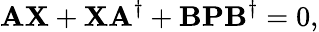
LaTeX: \mathbf{A\mathbf{}X}+\mathbf{X}\mathbf{A}^{\dagger}+\mathbf{BPB}^{\dagger}=0,